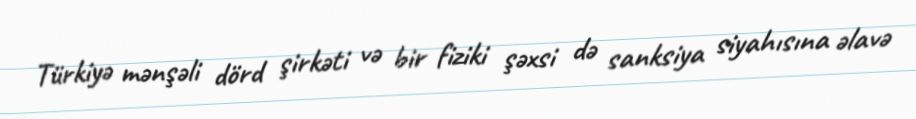
Türkiyə mənşəli dörd şirkəti və bir fiziki şəxsi də sanksiya siyahısına əlavə